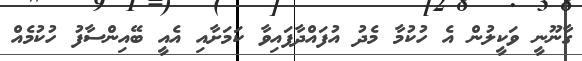
ގާނޫނީ ވަކީލުން އެ ހުކުމާ މެދު އުފައްދާފައިވާ ކަމަށާއި އެއީ ބޭއިންސާފު ހުކުމެއް